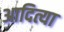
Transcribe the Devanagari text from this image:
आदित्या